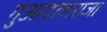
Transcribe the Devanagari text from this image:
गुआदलाराजा